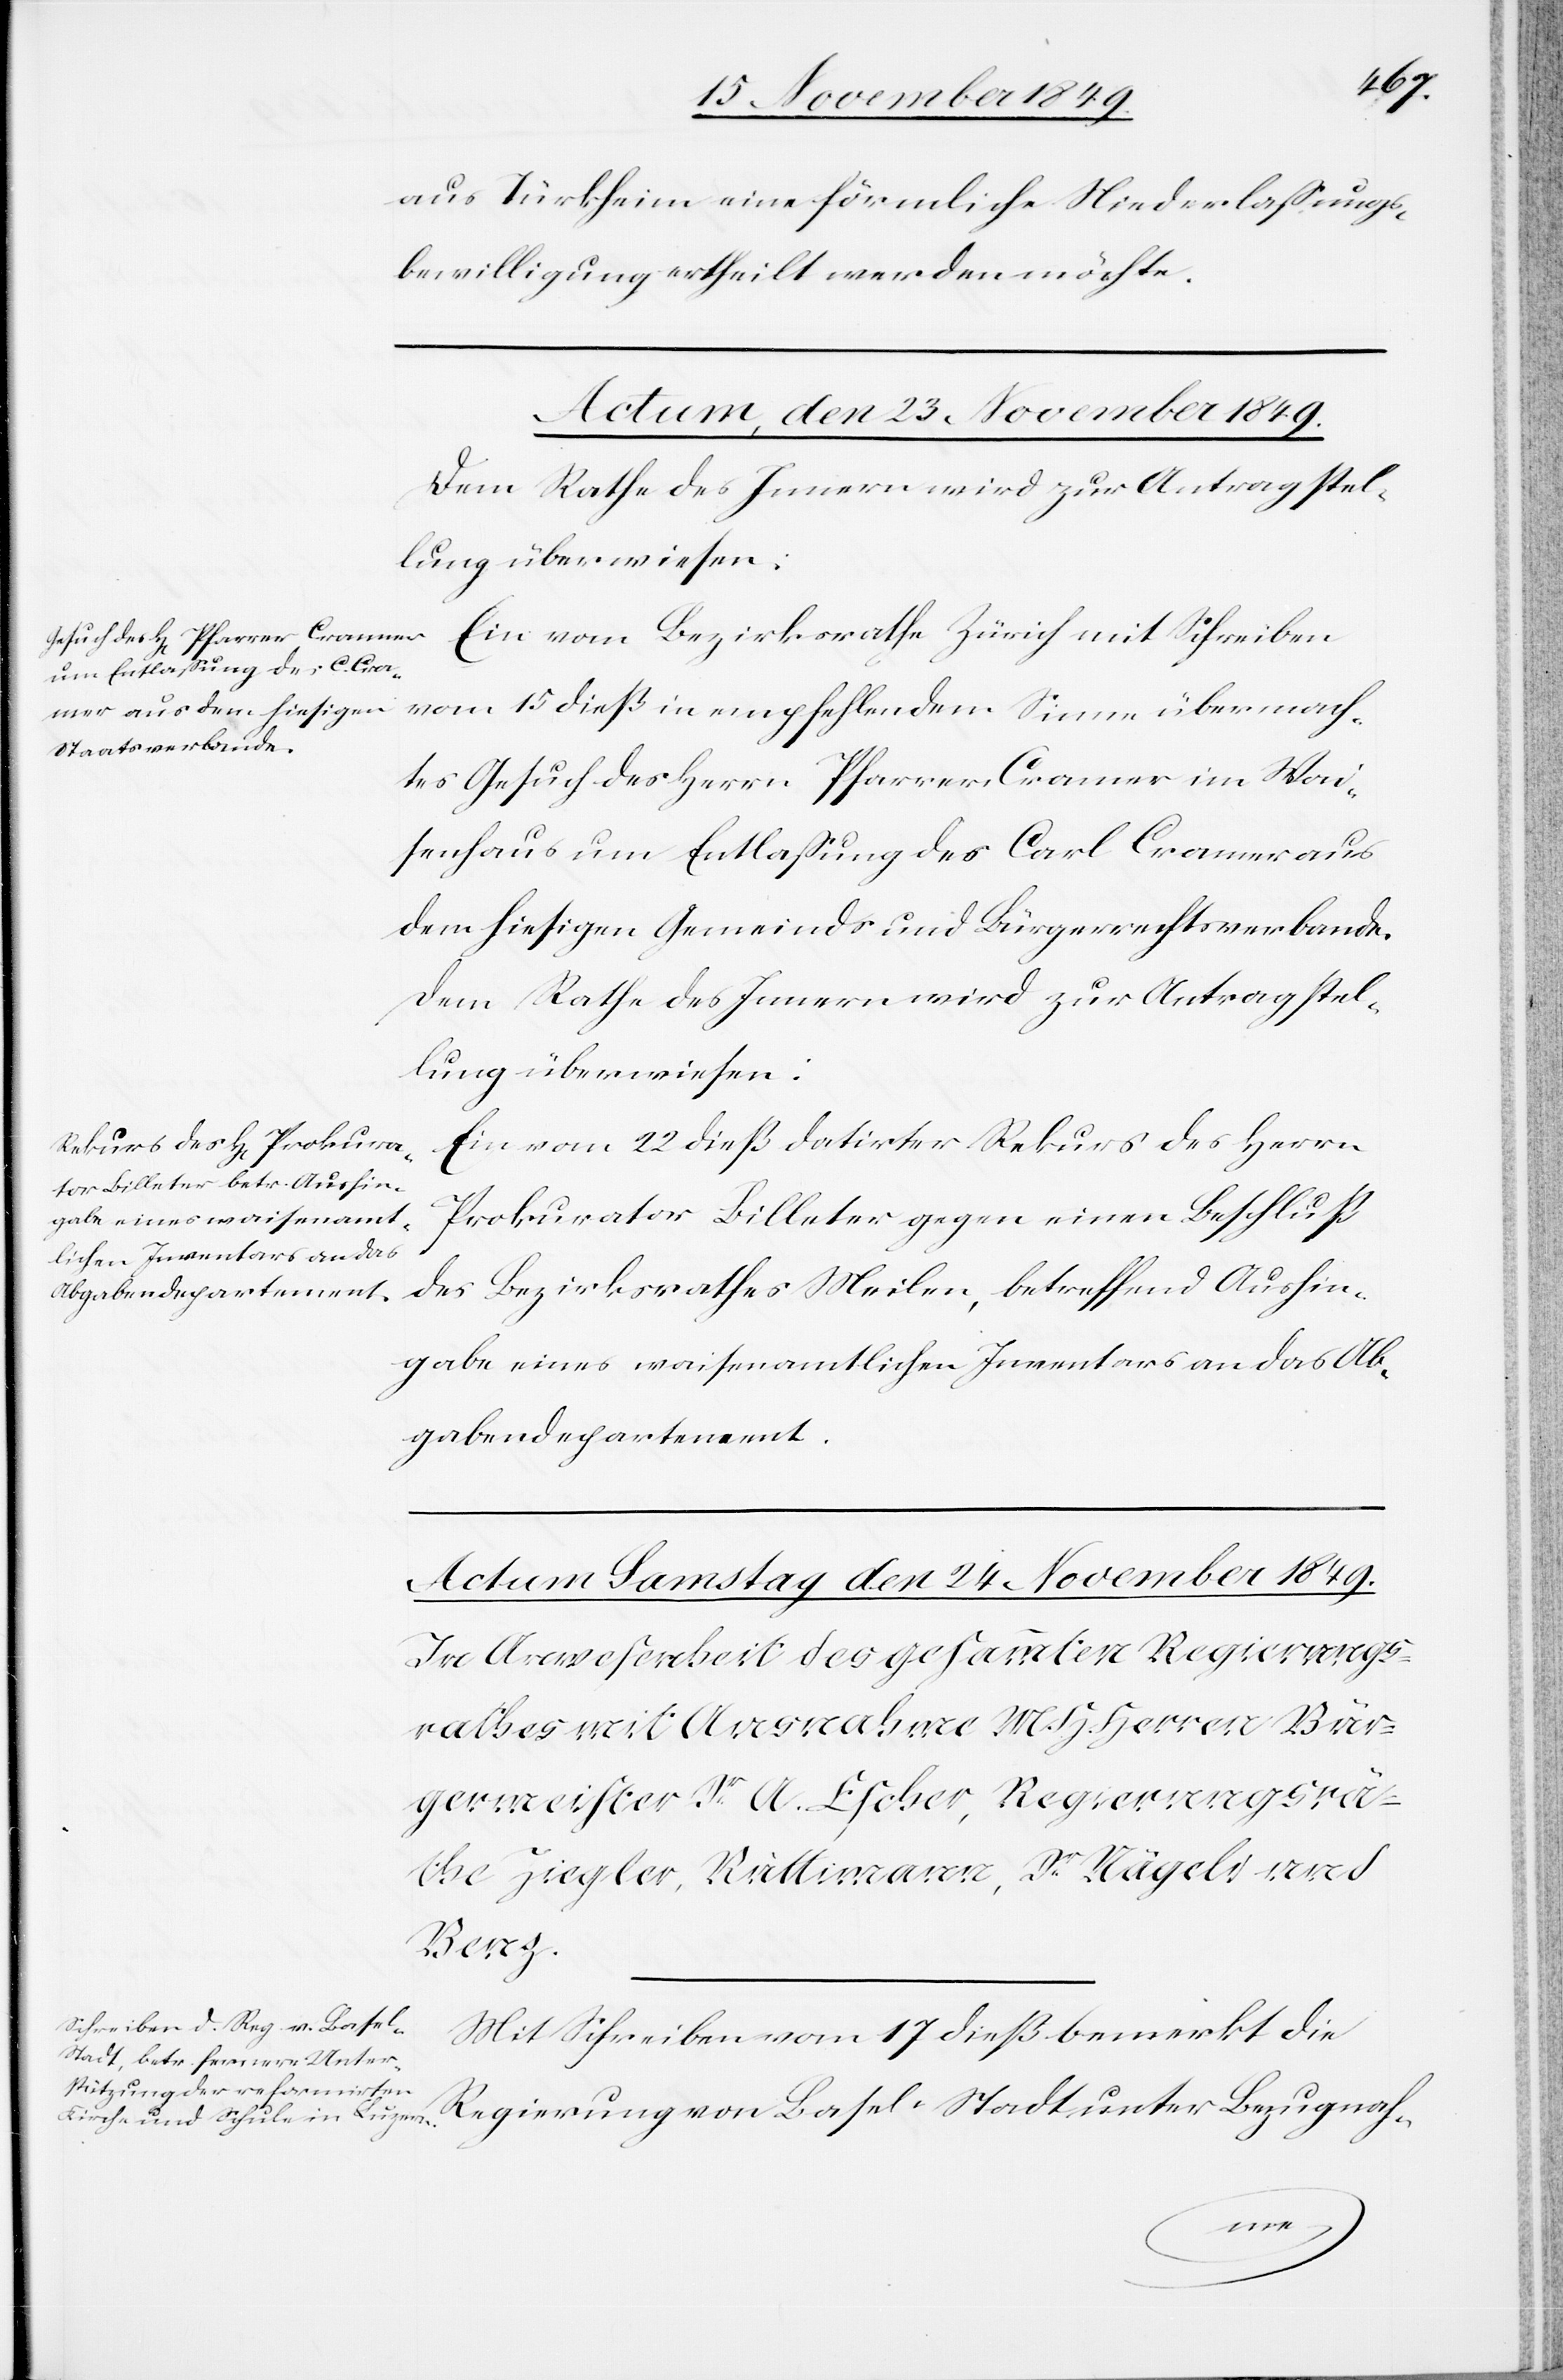
aus Türkheim eine förmliche Niederlaßungs¬
bewilligung ertheilt werden möchte.
Actum, den 23 November 1849.]
Dem Rathe des Innern wird zur Antragstel¬
lung überwiesen:
Ein vom Bezirksrathe Zürich mit Schreiben
vom 15 dieß in empfehlendem Sinne übermach¬
tes Gesuch des Herrn Pfarrer Cramer im Wai¬
senhaus um Entlaßung des Carl Cramer aus
dem hiesigen Gemeinds- und Bürgerrechtsverbande.
Ein vom 22 dieß datirter Rekurs des Herrn
Prokurator Billeter gegen einen Beschluß
gabe eines waisenamt¬
lichen Inventares an das
des Bezirksrathes Meilen, betreffend Aushin¬
Abgabendepartement.
Mit Schreiben vom 17 dieß bemerkt die